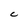
Character: C